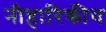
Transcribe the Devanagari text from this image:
नीहारिकीय